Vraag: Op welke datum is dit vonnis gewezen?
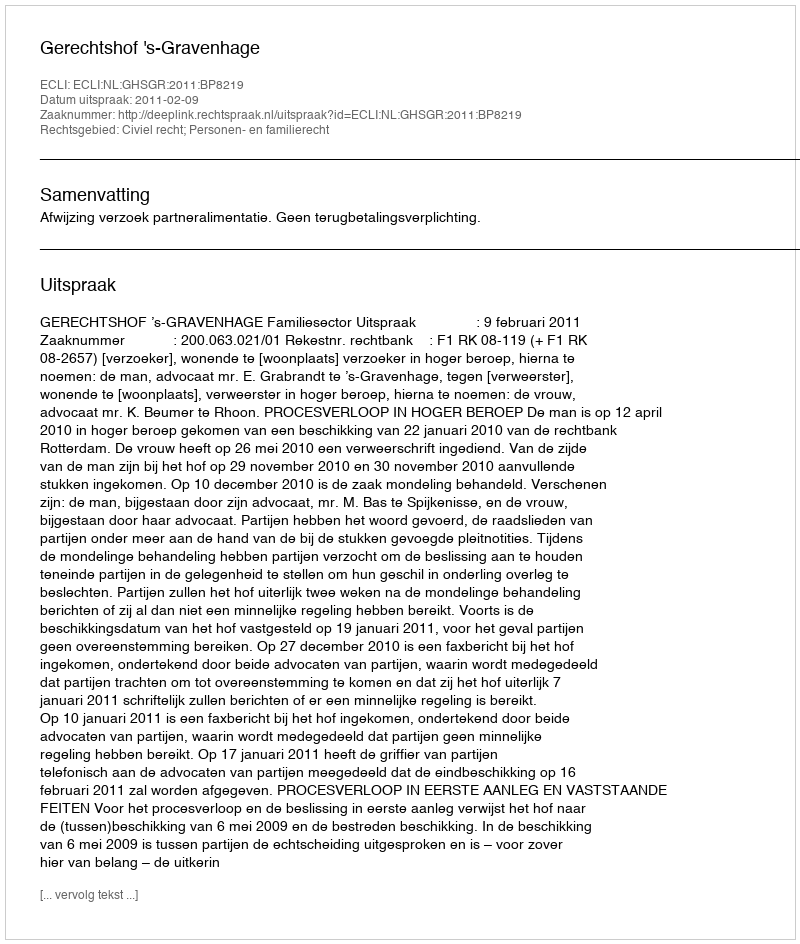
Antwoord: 2011-02-09